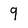
Character: 9